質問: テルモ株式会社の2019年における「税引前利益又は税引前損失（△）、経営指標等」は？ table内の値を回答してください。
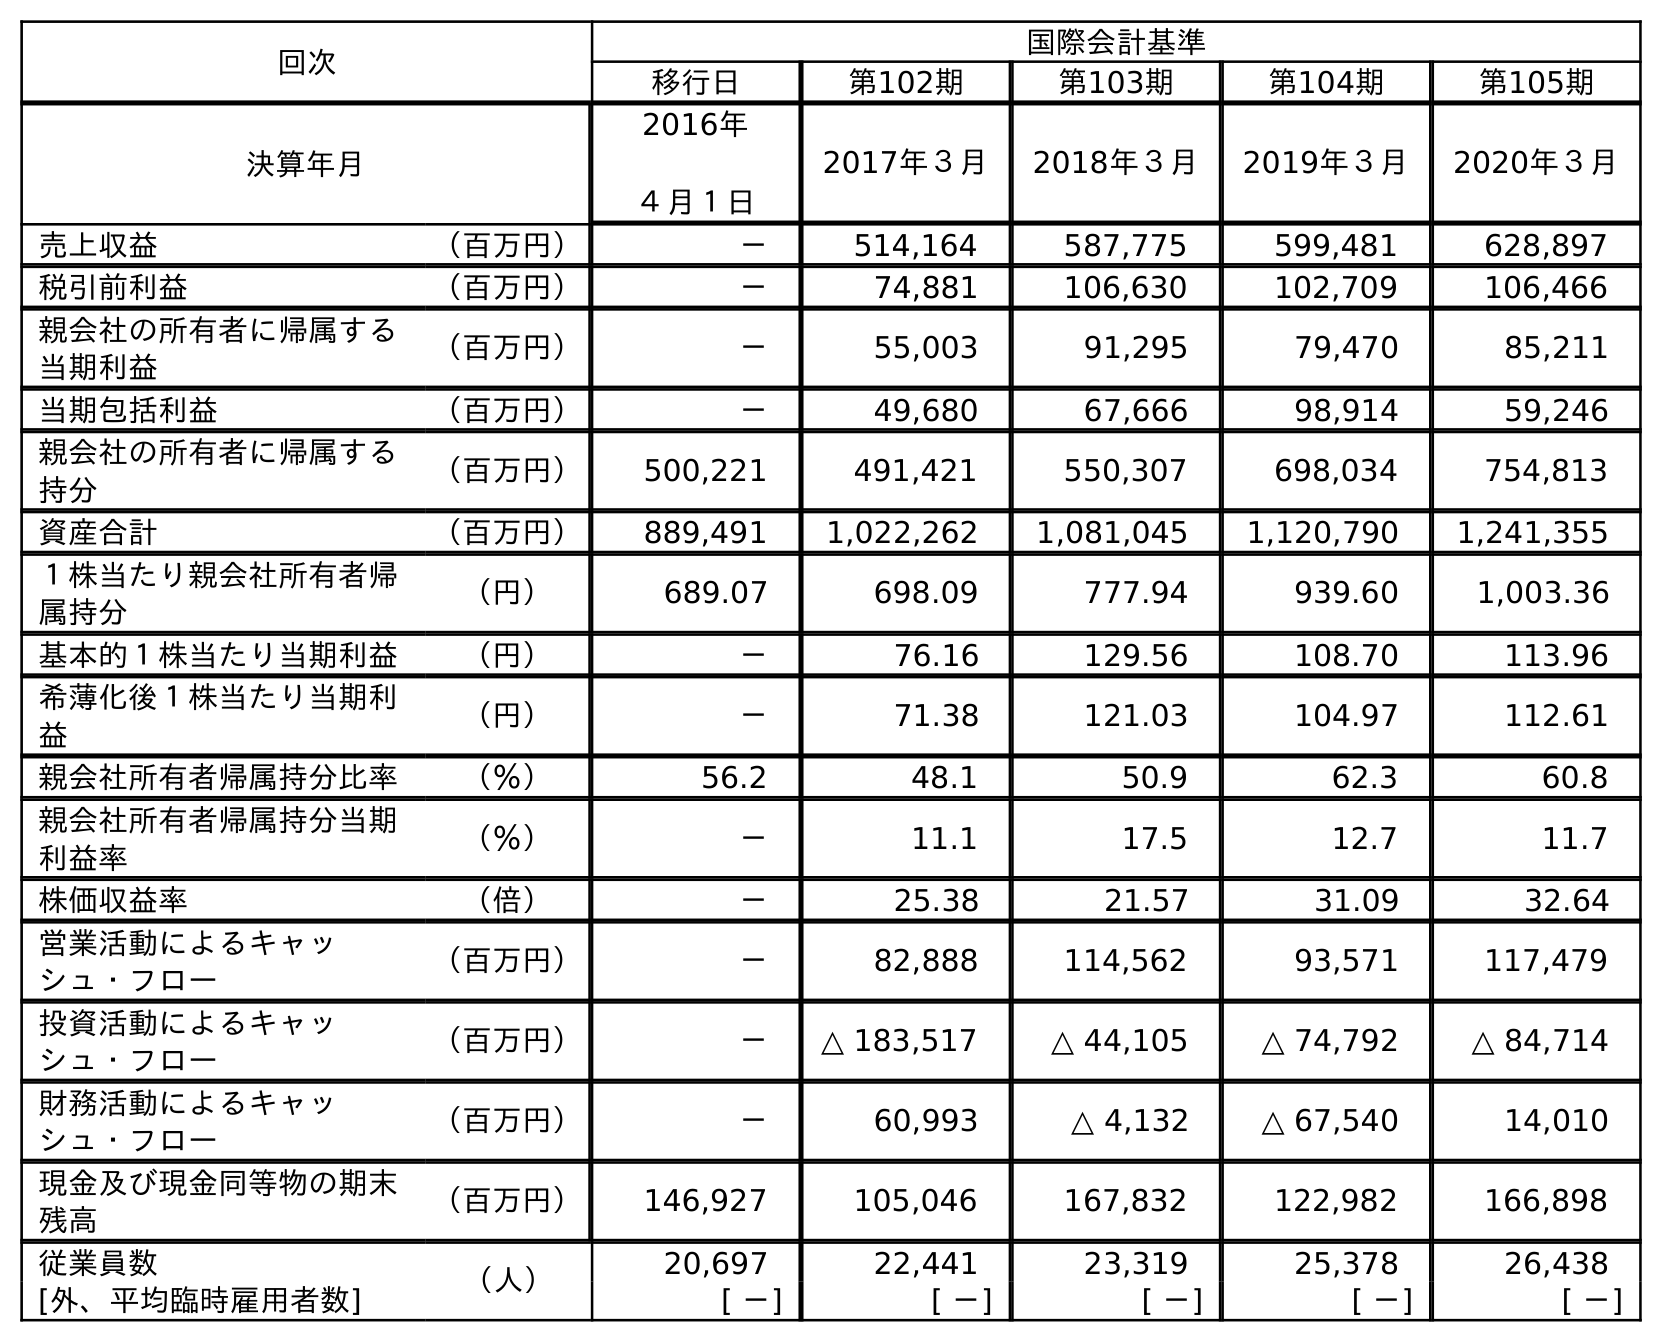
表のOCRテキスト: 回次 国際会計基準 移行日 第102期 第103期 第104期 第105期 決算年月 2016年 ４月１日 2017年３月 2018年３月 2019年３月 2020年３月 売上収益 （百万円） － 514,164 587,775 599,481 628,897 税引前利益 （百万円） － 74,881 106,630 102,709 106,466 親会社の所有者に帰属する 当期利益 （百万円） － 55,003 91,295 79,470 85,211 当期包括利益 （百万円） － 49,680 67,666 98,914 59,246 親会社の所有者に帰属する 持分 （百万円） 500,221 491,421 550,307 698,034 754,813 資産合計 （百万円） 889,491 1,022,262 1,081,045 1,120,790 1,241,355 １株当たり親会社所有者帰 属持分 （円） 689.07 698.09 777.94 939.60 1,003.36 基本的１株当たり当期利益 （円） － 76.16 129.56 108.70 113.96 希薄化後１株当たり当期利 益 （円） － 71.38 121.03 104.97 112.61 親会社所有者帰属持分比率 （％） 56.2 48.1 50.9 62.3 60.8 親会社所有者帰属持分当期 利益率 （％） － 11.1 17.5 12.7 11.7 株価収益率 （倍） － 25.38 21.57 31.09 32.64 営業活動によるキャッ シュ・フロー （百万円） － 82,888 114,562 93,571 117,479 投資活動によるキャッ シュ・フロー （百万円） － △ 183,517 △ 44,105 △ 74,792 △ 84,714 財務活動によるキャッ シュ・フロー （百万円） － 60,993 △ 4,132 △ 67,540 14,010 現金及び現金同等物の期末 残高 （百万円） 146,927 105,046 167,832 122,982 166,898 従業員数 （人） 20,697 22,441 23,319 25,378 26,438 [外、平均臨時雇用者数] [ －] [ －] [ －] [ －] [ －]
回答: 102,709